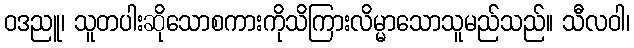
ဝဒညူ၊ သူတပါးဆိုသောစကားကိုသိကြားလိမ္မာသောသူမည်သည်။ သီလဝါ၊